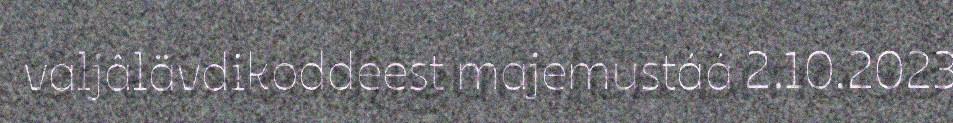
valjâlävdikoddeest majemustáá 2.10.2023